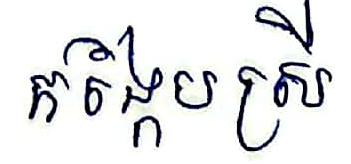
កង្កែបស្រី